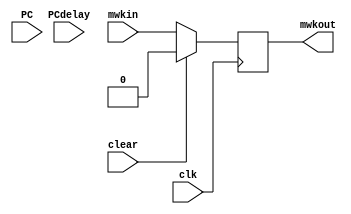
module Mwktr(
        input clk,  //
        input clear,
        input  mwkin,
        input [31:0] PC,
        input PCdelay,
        output reg mwkout
    );
    reg Mwktmp;
    always @(negedge clk) begin
        if(clear) Mwktmp<=0;
        else Mwktmp<=mwkin;
    //    if(clear) $display("PC:%h Mwk:0",PC);
     //   else $display("PC:%h Mwk:%h",PC,mwkin);
    end
    always @* begin
        mwkout<=Mwktmp;
    end
endmodule